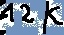
Text: 12K